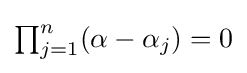
{\textstyle \prod _{j=1}^{n}(\alpha -\alpha _{j})=0}